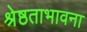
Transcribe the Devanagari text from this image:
श्रेष्ठताभावना